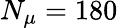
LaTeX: N_{\mu}=180